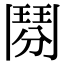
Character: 𩰏